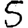
Digit: 5